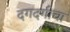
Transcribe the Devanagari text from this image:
दगदगीचा